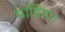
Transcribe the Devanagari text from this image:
माड़िया।